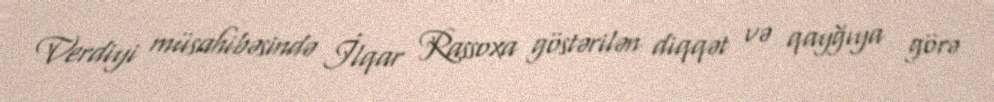
Verdiyi müsahibəsində İlqar Rassoxa göstərilən diqqət və qayğıya görə